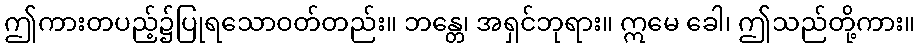
ဤကားတပည့်၌ပြုရသောဝတ်တည်း။ ဘန္တေ၊ အရှင်ဘုရား။ ဣမေ ခေါ၊ ဤသည်တို့ကား။